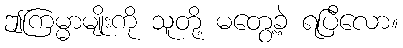
ဤကြမ္မာမျိုးကို သူတို့ မတွေ့ခဲ့ ရပြီလော။